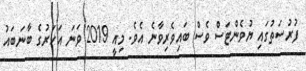
ފުރުސަތުގައި ޔުވެންޓަސް ވެސް ބައިވެރިވާނެ އެވެ. މިއީ 2019 ވަނަ އަހަރުގެ ބާނަބައު